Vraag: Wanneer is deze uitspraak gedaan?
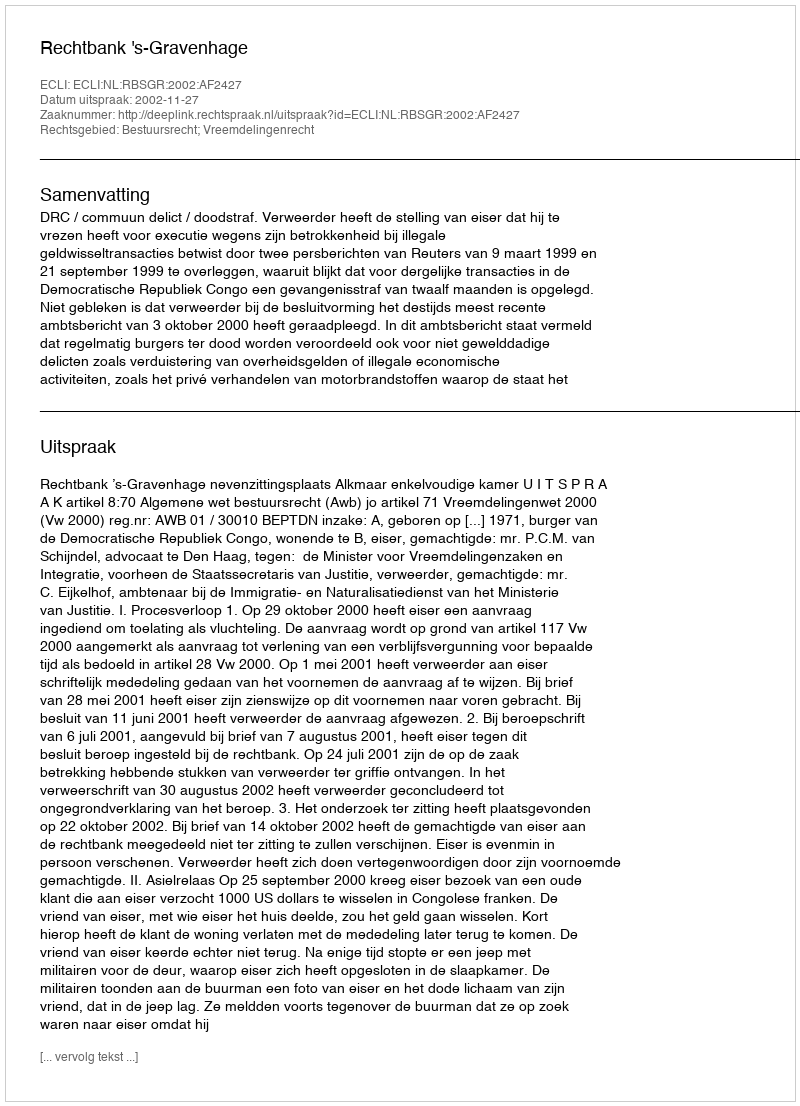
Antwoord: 2002-11-27